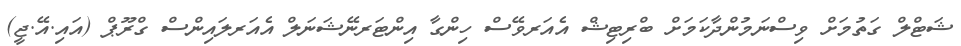
ޝަޓްލް ގަތުމަށް ވިސްނަމުންދާކަމަށް ބްރިޓިޝް އެއަރވޭސް ހިންގާ އިންޓަރނޭޝަނަލް އެއަރލައިންސް ގްރޫޕް (އައި.އޭ.ޖީ)